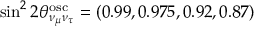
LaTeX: { \sin } ^ { 2 } \, 2 \theta _ { \nu _ { \mu } \nu _ { \tau } } ^ { \mathrm { o s c } } = ( 0 . 9 9 , 0 . 9 7 5 , 0 . 9 2 , 0 . 8 7 )